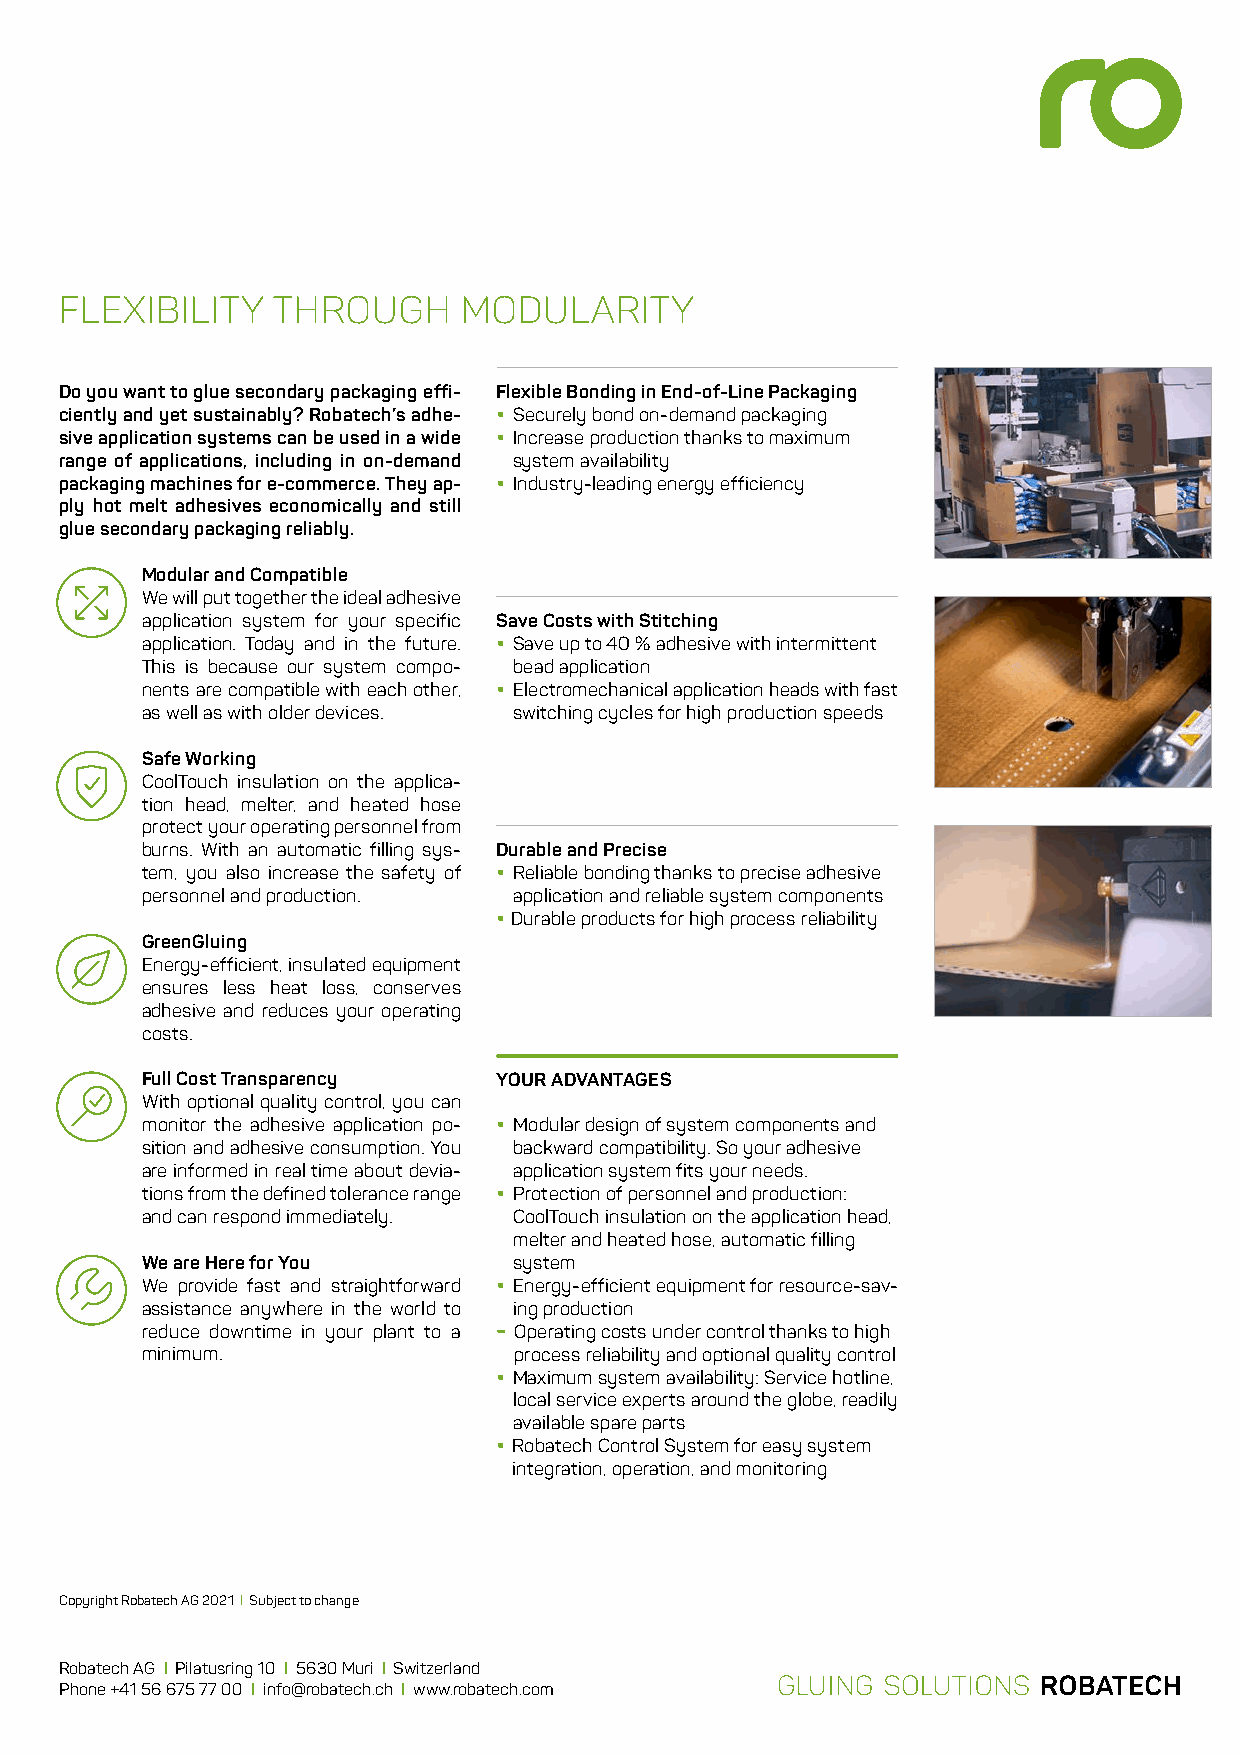
FLEXIBILITY   THROUGH      MODULARITY
 Do you want to glue secondary packaging effi- Flexible Bonding in End-of-Line Packaging
 ciently and yet sustainably? Robatech’s adhe- • Securely bond on-demand packaging
 sive application systems can be used in a wide • Increase production thanks to maximum
 range of applications, including in on-demand system availability
 packaging machines for e-commerce. They ap- • Industry-leading energy efficiency
 ply hot melt adhesives economically and still
 glue secondary packaging reliably.
 Modular and Compatible
 We will put together the ideal adhesive
 application system for your specific Save Costs with Stitching
 application. Today and in the future. • Save up to 40 % adhesive with intermittent
 This is because our system compo- bead application
 nents are compatible with each other, • Electromechanical application heads with fast
 as well as with older devices. switching cycles for high production speeds
 Safe Working
 CoolTouch insulation on the applica-
 tion head, melter, and heated hose
 protect your operating personnel from
 burns. With an automatic filling sys- Durable and Precise
 tem, you also increase the safety of • Reliable bonding thanks to precise adhesive
 personnel and production. application and reliable system components
 • Durable products for high process reliability
 GreenGluing
 Energy-efficient, insulated equipment
 ensures less heat loss, conserves
 adhesive and reduces your operating
 costs.
 Full Cost Transparency  YOUR ADVANTAGES
 With optional quality control, you can
 monitor the adhesive application po- • Modular design of system components and
 sition and adhesive consumption. You backward compatibility. So your adhesive
 are informed in real time about devia- application system fits your needs.
 tions from the defined tolerance range • Protection of personnel and production:
 and can respond immediately. CoolTouch insulation on the application head,
 melter and heated hose, automatic filling
 We are Here for You      system
 We provide fast and straightforward • Energy-efficient equipment for resource-sav-
 assistance anywhere in the world to ing production
 reduce downtime in your plant to a - Operating costs under control thanks to high
 minimum.                 process reliability and optional quality control
 • Maximum system availability: Service hotline,
 local service experts around the globe, readily
 available spare parts
 • R obatech Control System for easy system
 integration, operation, and monitoring
 Copyright Robatech AG 2021 I Subject to change
 Robatech AG I Pilatusring 10 I 5630 Muri I Switzerland
 Phone +41 56 675 77 00 I info@robatech.ch I www.robatech.com